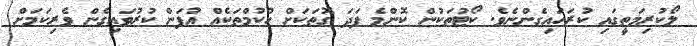
ލޯކުރިމަތީގައި ކުރަހައިގެންނެވެ. ކޯޓުތަކުން ކޮންމެ ފަދަ ގޮތަކަށް ހުކުމްތަކެއް އުފަން ކުރުވައިގެން ވެރިކަަމަށް